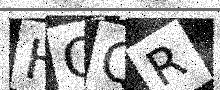
Text: HOQR